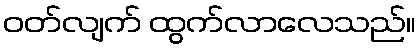
ဝတ်လျက် ထွက်လာလေသည်။